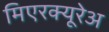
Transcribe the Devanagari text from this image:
मिएरक्यूरेअ